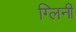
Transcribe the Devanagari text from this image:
ग्लिनी